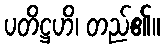
ပတိဋ္ဌဟိ၊ တည်၏။